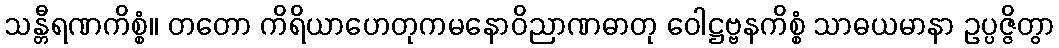
သန္တီရဏကိစ္စံ။ တတော ကိရိယာဟေတုကမနောဝိညာဏဓာတု ဝေါဋ္ဌဗ္ဗနကိစ္စံ သာဓယမာနာ ဥပ္ပဇ္ဇိတွာ